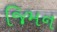
જિમન